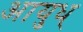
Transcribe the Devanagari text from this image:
आयुध्